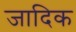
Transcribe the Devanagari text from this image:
जादिक